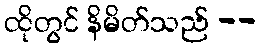
ထိုတွင် နိမိတ်သည် --